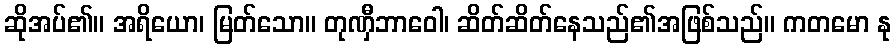
ဆိုအပ်၏။ အရိယော၊ မြတ်သော။ တုဏှီဘာဝေါ၊ ဆိတ်ဆိတ်နေသည်၏အဖြစ်သည်။ ကတမော နု